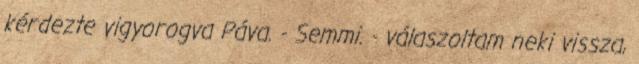
kérdezte vigyorogva Páva. - Semmi. - válaszoltam neki vissza,